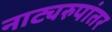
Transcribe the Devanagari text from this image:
नाट्यरुपांतर